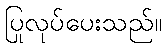
ပြုလုပ်ပေးသည်။